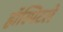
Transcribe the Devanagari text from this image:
हॉस्पिटले